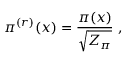
\pi ^ { ( r ) } ( x ) = \frac { \pi ( x ) } { \sqrt { Z _ { \pi } } } ~ ,